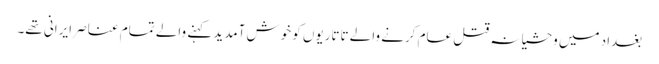
بغداد میں وحشیانہ قتل عام کرنے والے تاتاریوں کو خوش آمدید کہنے والے تمام عناصر ایرانی تھے۔